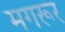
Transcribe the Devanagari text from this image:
मगरूर